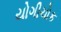
યોગીચોક